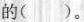
的 ( )。